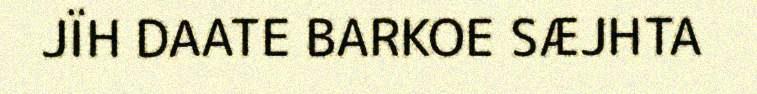
JÏH DAATE BARKOE SÆJHTA